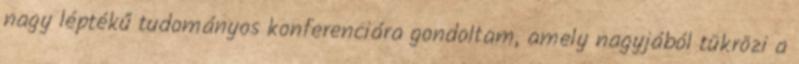
nagy léptékű tudományos konferenciára gondoltam, amely nagyjából tükrözi a